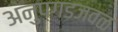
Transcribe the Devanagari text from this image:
अनुपगडजवळ